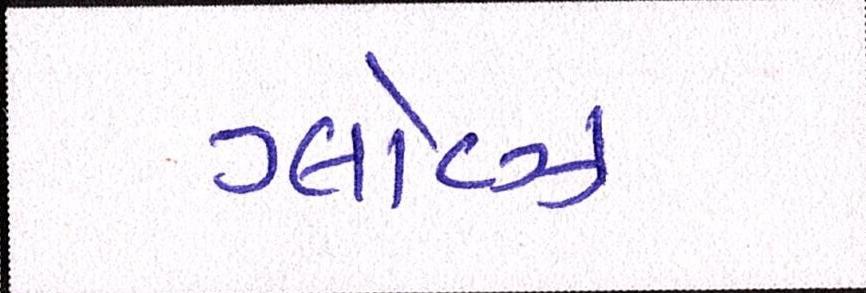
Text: ગ્લૉવ્ઝ